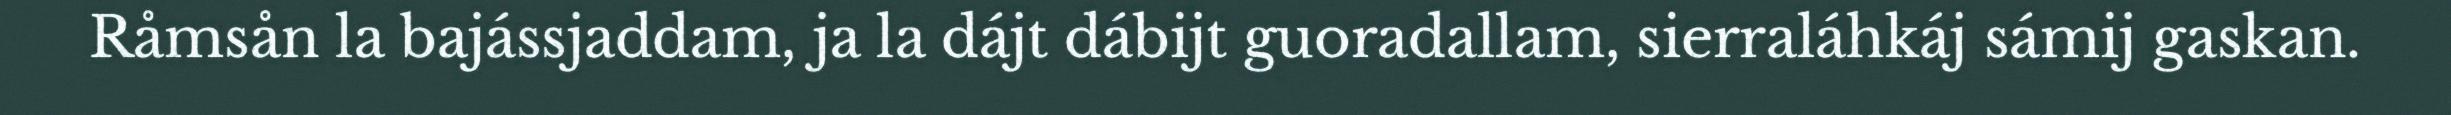
Råmsån la bajássjaddam, ja la dájt dábijt guoradallam, sierraláhkáj sámij gaskan.